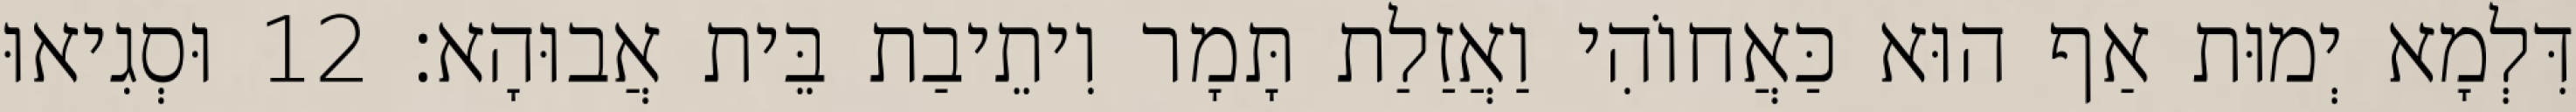
דִּלְמָא יְמוּת אַף הוּא כַּאֲחוֹהִי וַאֲזַלַת תָּמָר וִיתֵיבַת בֵּית אֲבוּהָא׃ 12 וּסְגִיאוּ